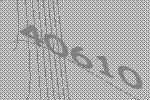
40610